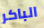
الباكر